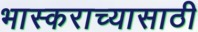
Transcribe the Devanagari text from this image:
भास्कराच्यासाठी